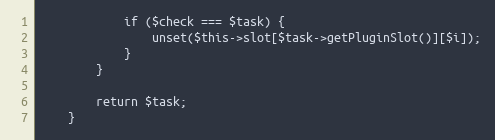
Language: PHP
            if ($check === $task) {
                unset($this->slot[$task->getPluginSlot()][$i]);
            }
        }

        return $task;
    }